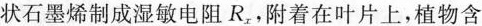
状石墨烯制成湿敏电阻R_{x}，附着在叶片上，植物含